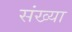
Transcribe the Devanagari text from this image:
संख्या